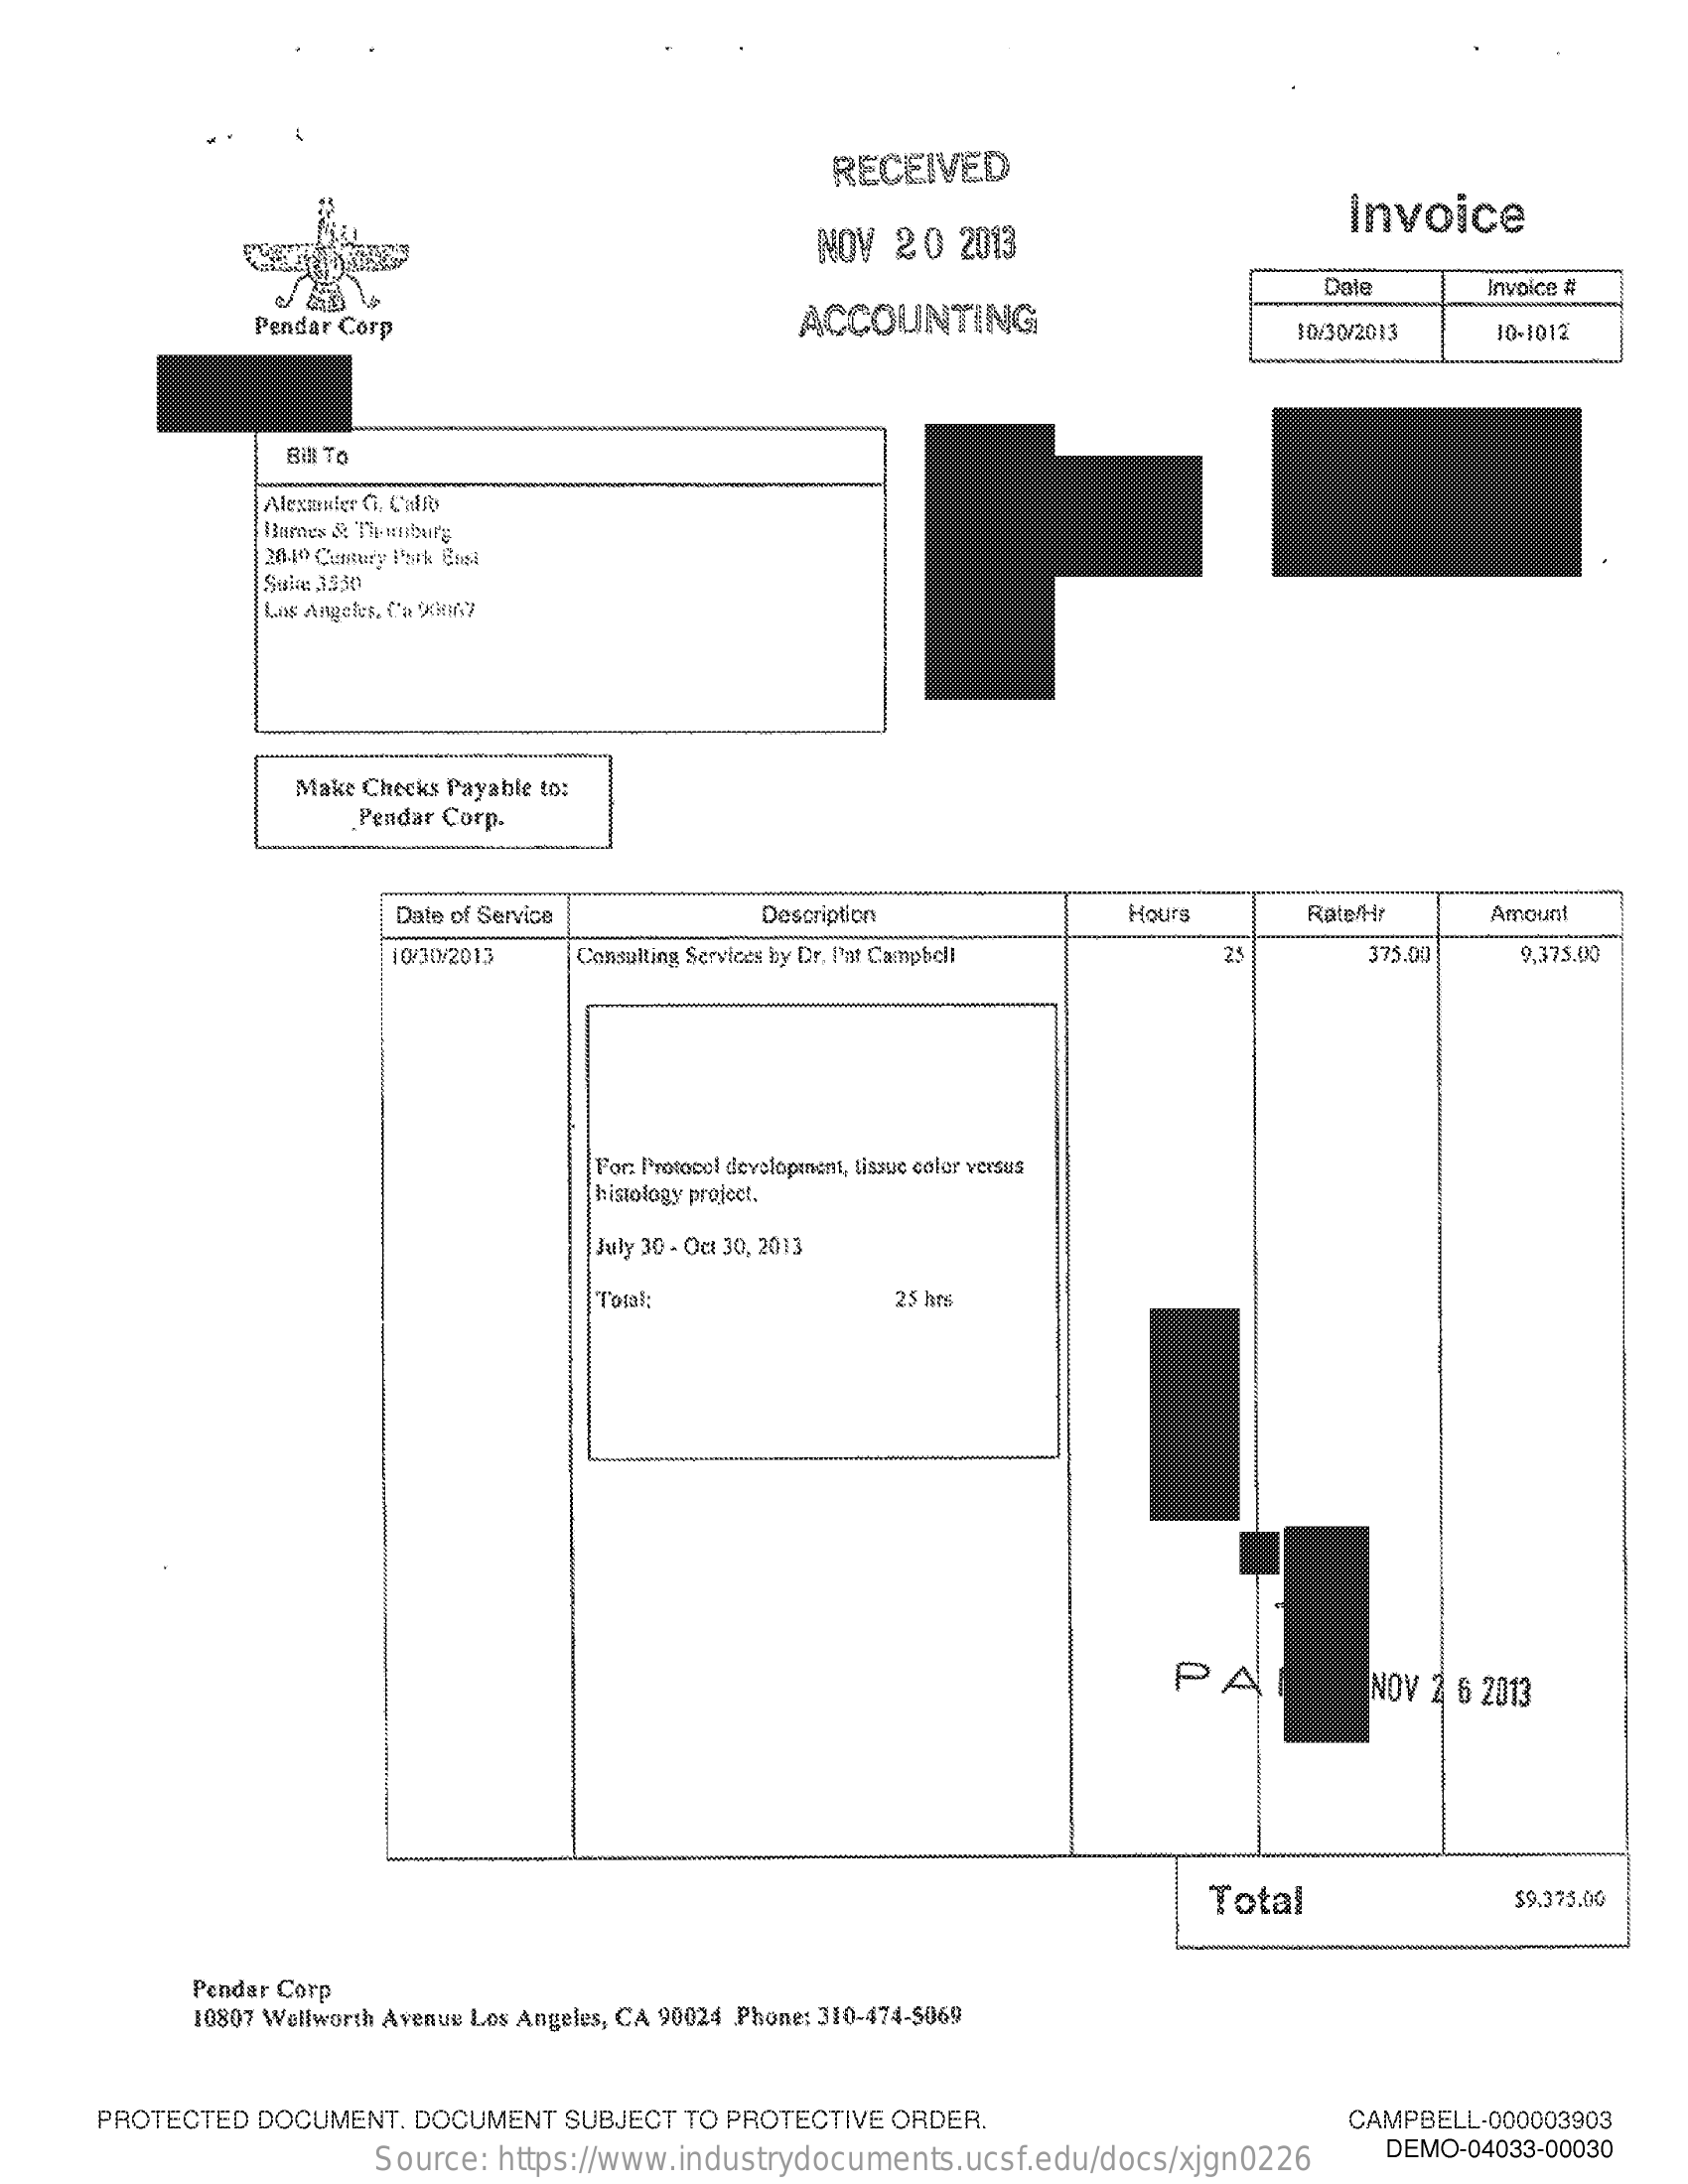
RECEIVED
     NOV 2 0 2013
     invoice
     Onte
     ACCOUNTING
     Invoice #
     Pendar Corp    10/30/2013  10-1012
     Bill TO
     Alexander C. Calfo
     Bumes & Tipunburg
     20.10 Century Park Enel
     Sala: 3530
     Los Angeles. Ca Xtiny
     Make Checks Payable to:
     Pendar Corp.
     Date of Service    Description    Hours    Rate/Hr    Amount
     10/30/2013 Consulting Services by Dr, Pat Campbell    375.00    9,375.00
     For: Protocol development, tissue color versus
     histology project.
     July 30 - Oct 30, 2013
     Total:    25 hes
     PA    NOV 2 6 2013
     Total    $9.375.00
     Pendar Corp
     10807 Wellworth Avenue Los Angeles, CA 90024 Phone: 310-474-5069
     PROTECTED DOCUMENT. DOCUMENT SUBJECT TO PROTECTIVE ORDER.    CAMPBELL-000003903
     Source: https://www.industrydocuments.ucsf.edu/docs/xjgn0226 DEMO-04033-00030